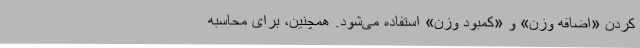
کردن «اضافه وزن» و «کمبود وزن» استفاده می‌شود. همچنین، برای محاسبه‌